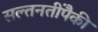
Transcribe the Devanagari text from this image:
सल्तनतींपैकी